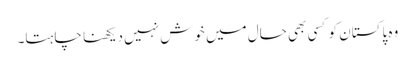
وہ پاکستان کو کسی بھی حال میں خوش نہیں دیکھنا چاہتا۔